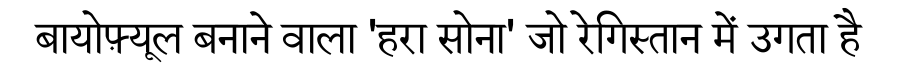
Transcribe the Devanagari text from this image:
बायोफ़्यूल बनाने वाला 'हरा सोना' जो रेगिस्तान में उगता है